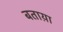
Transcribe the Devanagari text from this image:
बताय़ा